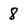
Character: 8